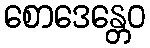
စောဒေန္တေဝ